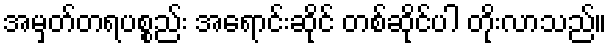
အမှတ်တရပစ္စည်း အရောင်းဆိုင် တစ်ဆိုင်ပါ တိုးလာသည်။